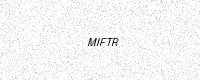
Text: MIFTR